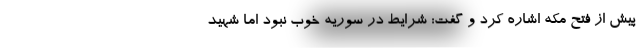
پیش از فتح مکه اشاره کرد و گفت: شرایط در سوریه خوب نبود اما شهید